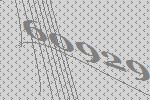
60929